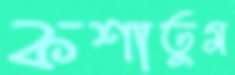
কশাতুম